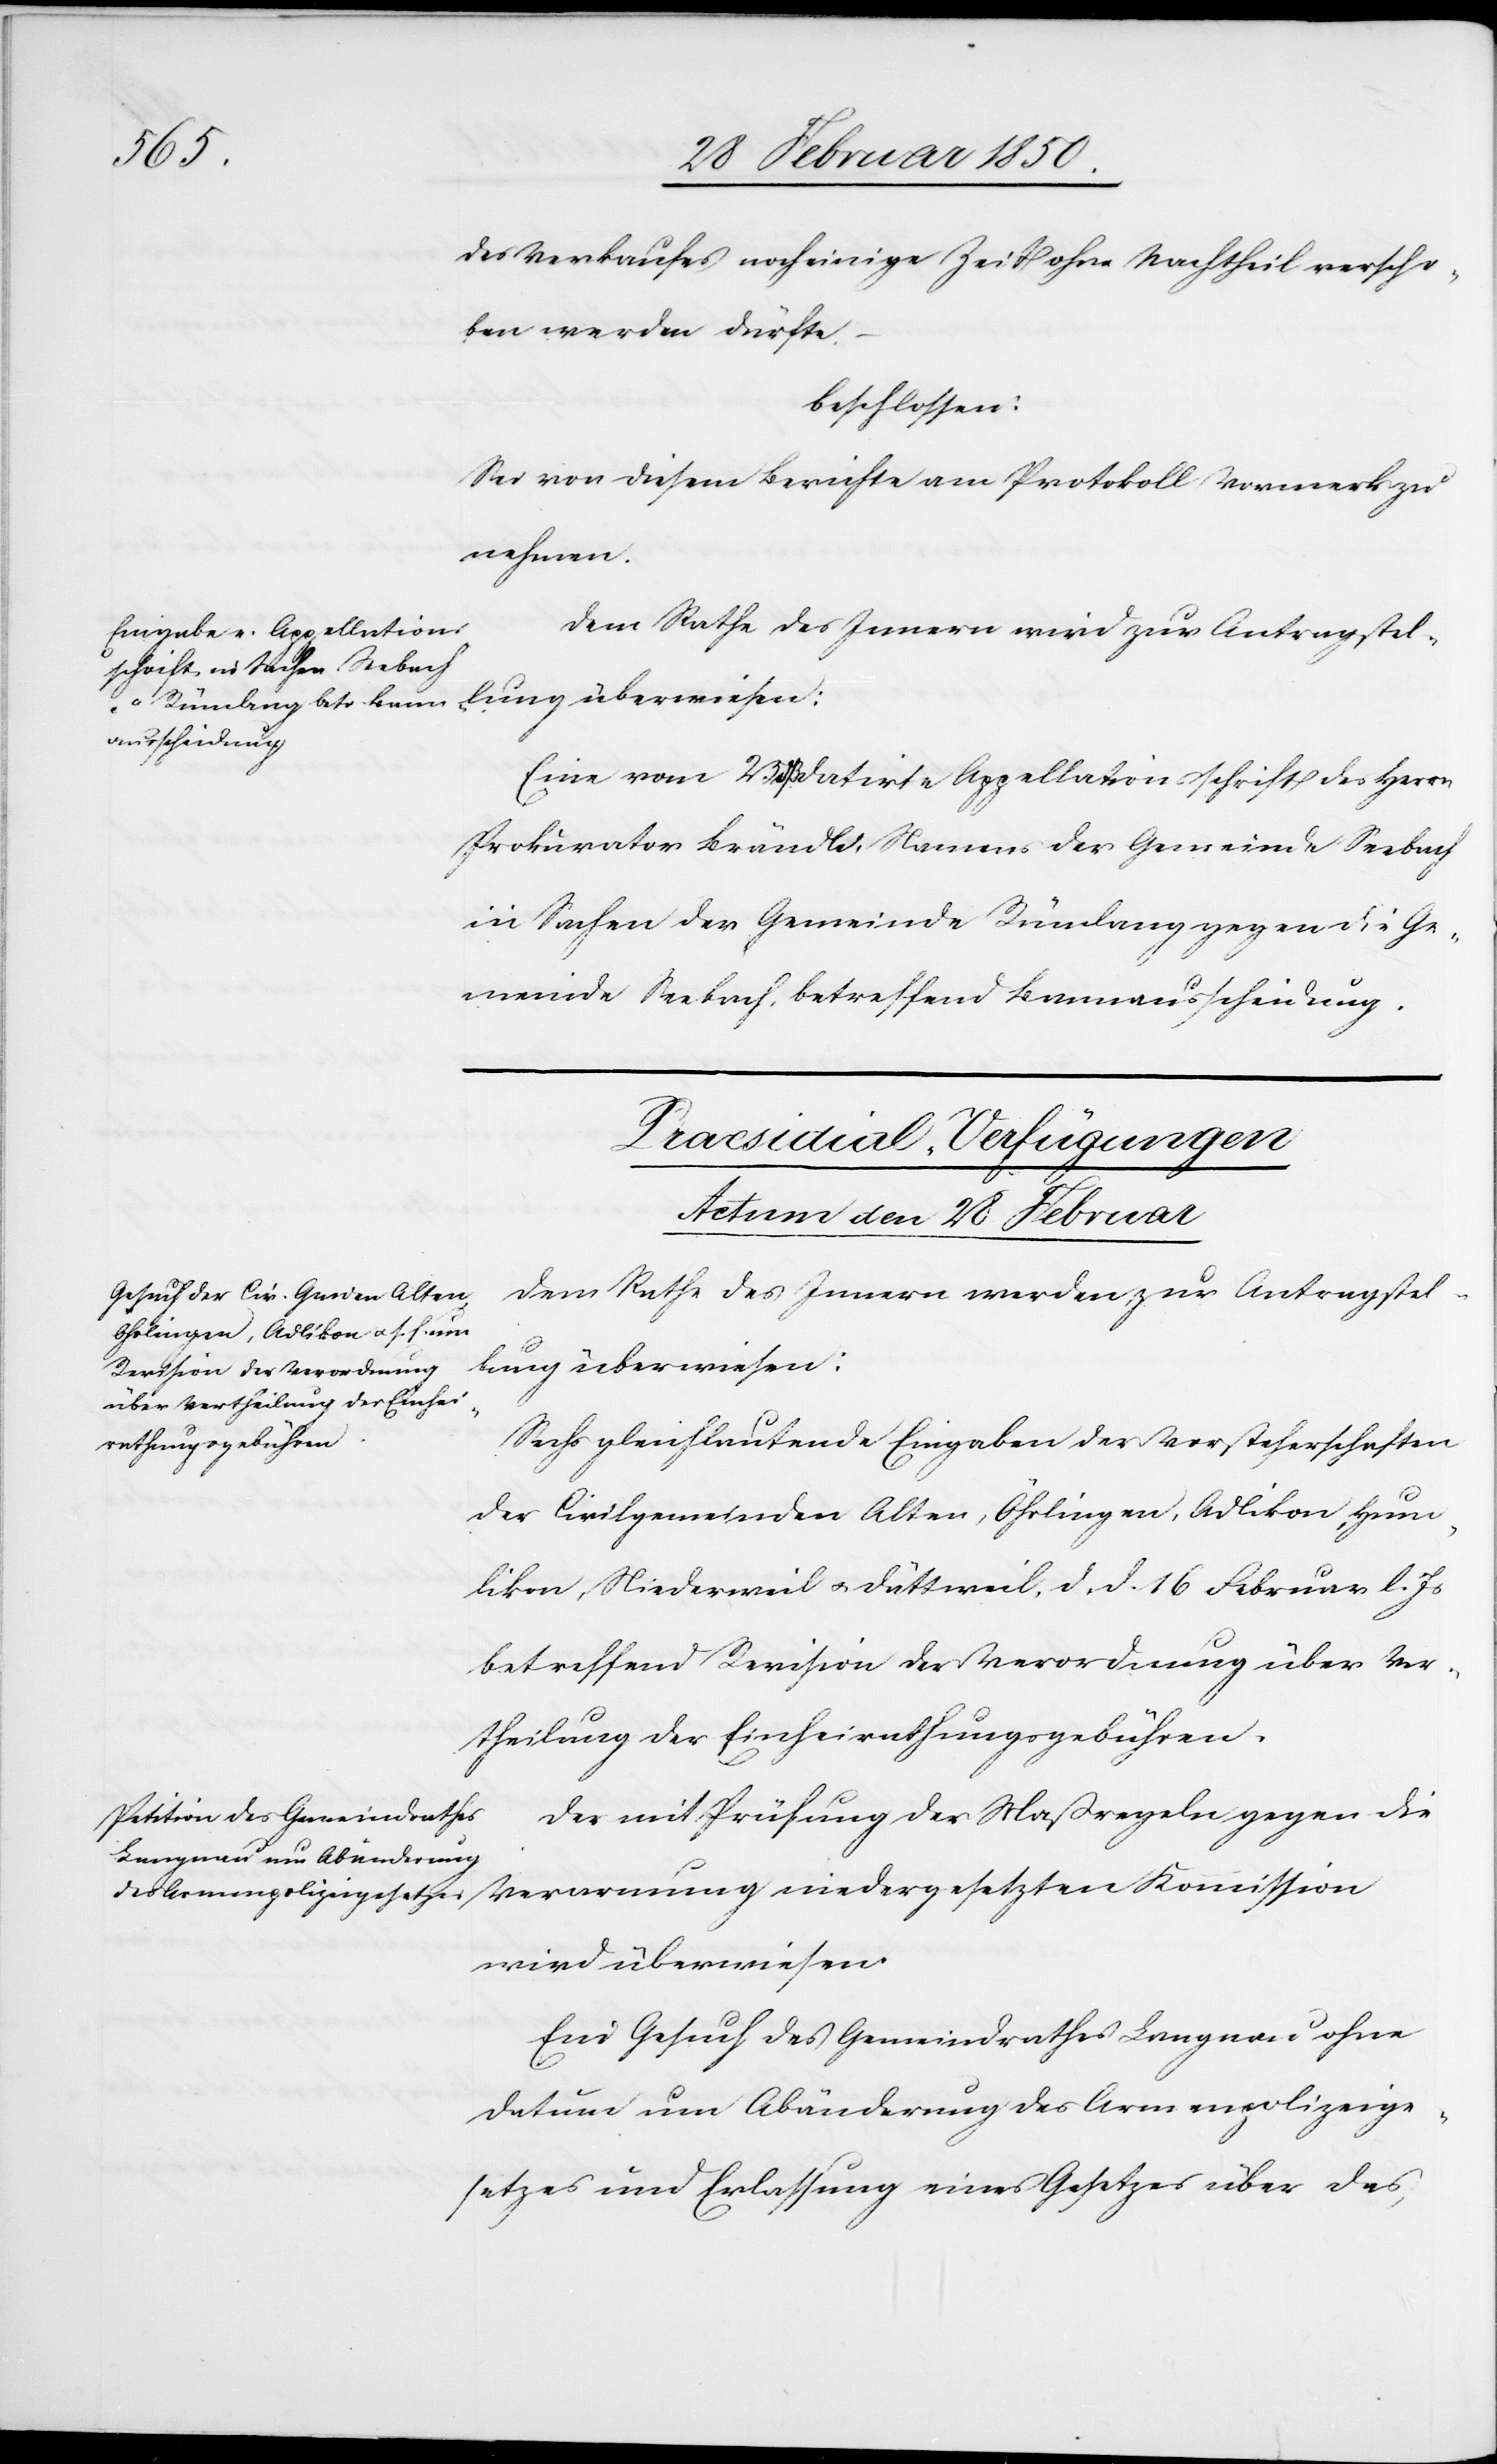
1850
des Verkaufes noch einige Zeit ohne Nachtheil verscho¬
ben werden dürfte.
beschlossen:
Sei von diesem Berichte am Protokoll Vormerk zu
nehmen.
Dem Rathe des Innern wird zur Antragstel¬
lung überwiesen:
Eine vom 25 dß datirte Appellationsschrift des Herrn
Prokurator Brändli Namens der Gemeinde Seebach
in Sachen der Gemeinde Rümlang gegen die Ge¬
meinde Seebach, betreffend Bannausscheidung.
[Præsidial-Verfügungen]
Actum den 28 Februar
Dem Rathe des Innern werden zur Antragstel¬
Sechs gleichlautende Eingaben der Vorsteherschaften
der Civilgemeinden Alten, Öhrlingen, Adlikon, Hum¬
likon, Niederweil u. Dättweil, d. d. 16 Februar l. Js
betreffend Revision der Verordnung über Ver¬
theilung der Einheirathungsgebühren.
Der mit Prüfung der Maßregeln gegen die
wird überwiesen.
Ein Gesuch des Gemeindrathes Langnau ohne
Datum um Abänderung des Armenpolizeige¬
setzes und Erlassung eines Gesetzes über das